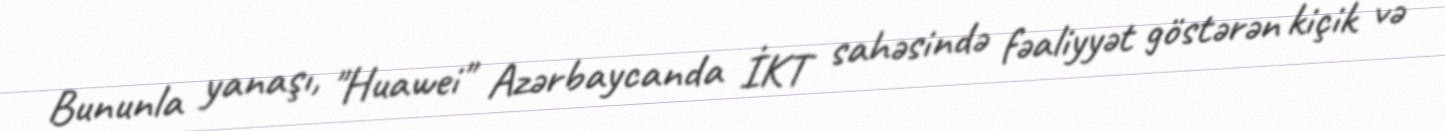
Bununla yanaşı, "Huawei" Azərbaycanda İKT sahəsində fəaliyyət göstərən kiçik və